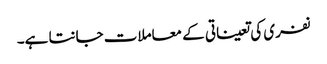
نفری کی تعیناتی کے معاملات جانتا ہے۔